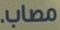
مصاب.